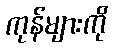
ကုန်များကို